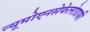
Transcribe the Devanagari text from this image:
न्यूमोएनसेफेलोग्राफी